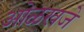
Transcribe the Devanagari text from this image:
ओळखजे